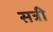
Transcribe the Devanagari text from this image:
सत्री